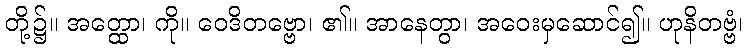
တို့၌။ အတ္ထော၊ ကို။ ဝေဒိတဗ္ဗော၊ ၏။ အာနေတွာ၊ အဝေးမှဆောင်၍။ ဟုနိတဗ္ဗံ၊